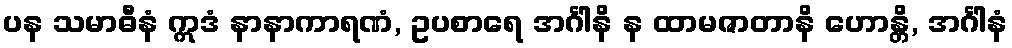
ပန သမာဓီနံ ဣဒံ နာနာကာရဏံ, ဥပစာရေ အင်္ဂါနိ န ထာမဇာတာနိ ဟောန္တိ, အင်္ဂါနံ